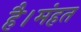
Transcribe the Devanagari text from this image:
है।मंहत